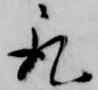
取